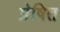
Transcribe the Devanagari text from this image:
प्रेषित